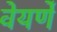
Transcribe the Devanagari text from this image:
वेयर्णे